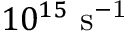
1 0 ^ { 1 5 } ~ \mathrm { { s } ^ { - 1 } }